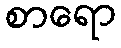
စာရော